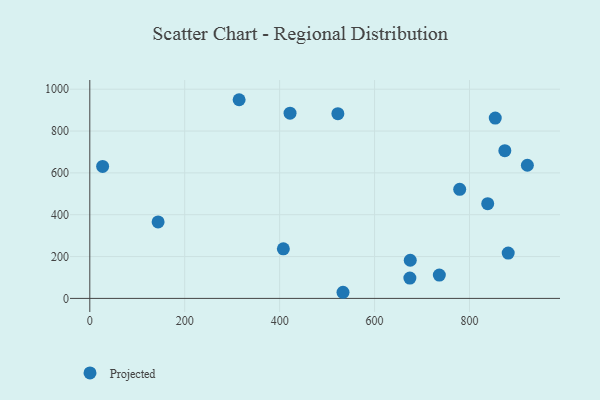
{"axis": {"x": "Ad Spend", "y": "Salary"}, "legend": ["Projected"], "data": [{"x": "922.0", "y": 636.6, "type": "Projected"}, {"x": "533.5", "y": 29.3, "type": "Projected"}, {"x": "674.4", "y": 97.1, "type": "Projected"}, {"x": "314.6", "y": 949.7, "type": "Projected"}, {"x": "522.7", "y": 883.0, "type": "Projected"}, {"x": "874.5", "y": 706.0, "type": "Projected"}, {"x": "854.3", "y": 861.9, "type": "Projected"}, {"x": "27.0", "y": 631.0, "type": "Projected"}, {"x": "143.9", "y": 365.8, "type": "Projected"}, {"x": "736.5", "y": 111.4, "type": "Projected"}, {"x": "881.6", "y": 216.7, "type": "Projected"}, {"x": "421.9", "y": 885.4, "type": "Projected"}, {"x": "779.4", "y": 521.4, "type": "Projected"}, {"x": "407.8", "y": 237.1, "type": "Projected"}, {"x": "838.4", "y": 452.8, "type": "Projected"}, {"x": "675.2", "y": 182.3, "type": "Projected"}]}